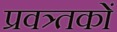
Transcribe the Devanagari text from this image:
प्रवत्र्तकों